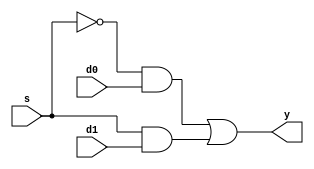
module mux2(s, d0, d1, y);
input s;
input d0;
input d1;
output y;
wire a1;
wire a2;
and aa(a1,~s,d0);
and bb(a2,s,d1);
or cc(y,a1,a2);
endmodule

module mux4(s, d, y);
input [1:0] s;
input [3:0] d;
output y;
reg y;
always@(s or d)
begin
case(s)
    2'b00 : y=d[0];
    2'b01 : y=d[1];
    2'b10 : y=d[2];
    2'b10 : y=d[3];
    endcase
end
endmodule

module mux84(s, d, y);
input [2:0] s;
input [7:0] d;
output y;
wire y1,y2;
mux4 aa(s[1:0],d[3:0],y1);
mux4 bb(s[1:0],d[7:4],y2);
mux2 cc(s[2],y1,y2,y);
endmodule